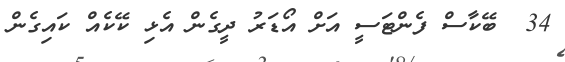
34  ބޭކާސް ފެންޓަސީ އަށް އޯޑަރު ދީގެން އެޅި ކޭކެއް ކައިގެން